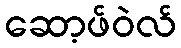
ဆော့ဖ်ဝဲလ်